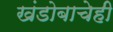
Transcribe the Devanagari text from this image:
खंडोबाचेही